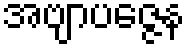
အဗျာပဇ္ဇေန